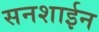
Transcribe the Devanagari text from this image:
सनशाईन